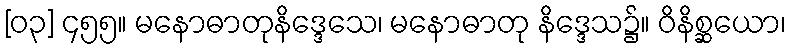
[၀၃] ၄၅၅။ မနောဓာတုနိဒ္ဒေသေ၊ မနောဓာတု နိဒ္ဒေသ၌။ ဝိနိစ္ဆယော၊